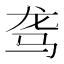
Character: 𱅅